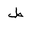
Letter: _da